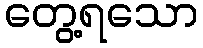
တွေ့ရသော